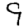
Digit: 9